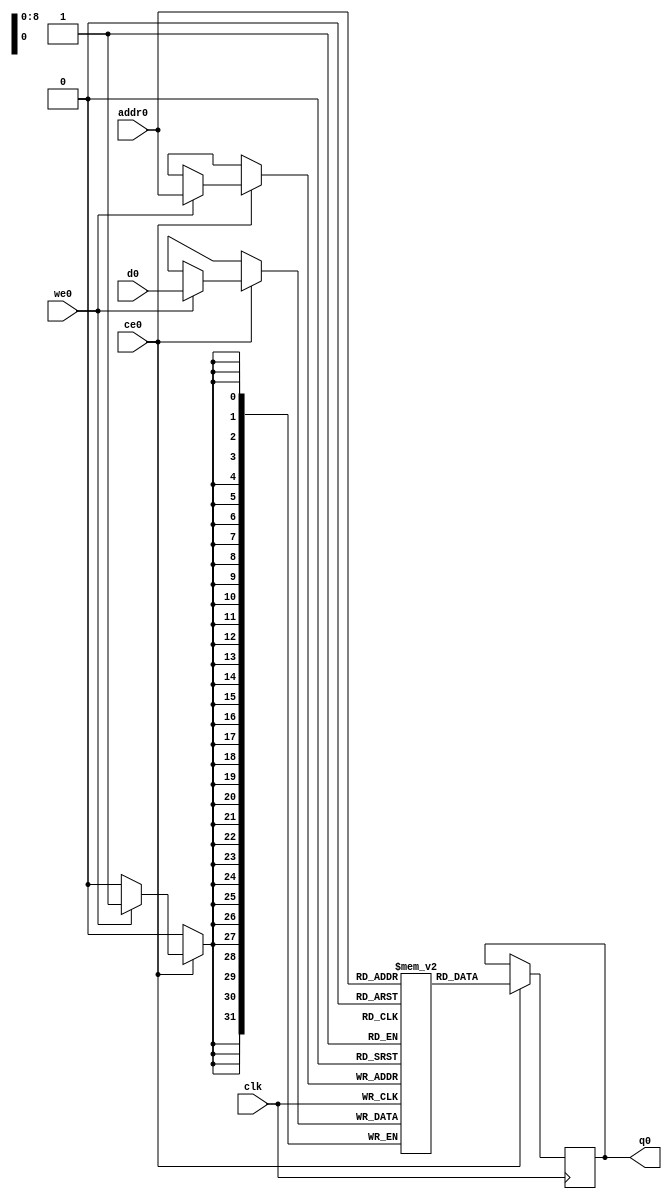
// ==============================================================
// Vivado(TM) HLS - High-Level Synthesis from C, C++ and SystemC v2019.1 (64-bit)
// Copyright 1986-2019 Xilinx, Inc. All Rights Reserved.
// ==============================================================
`timescale 1 ns / 1 ps
module Prediction_o_avgpfYi_ram (addr0, ce0, d0, we0, q0,  clk);

parameter DWIDTH = 32;
parameter AWIDTH = 9;
parameter MEM_SIZE = 400;

input[AWIDTH-1:0] addr0;
input ce0;
input[DWIDTH-1:0] d0;
input we0;
output reg[DWIDTH-1:0] q0;
input clk;

(* ram_style = "block" *)reg [DWIDTH-1:0] ram[0:MEM_SIZE-1];




always @(posedge clk)  
begin 
    if (ce0) 
    begin
        if (we0) 
        begin 
            ram[addr0] <= d0; 
        end 
        q0 <= ram[addr0];
    end
end


endmodule

`timescale 1 ns / 1 ps
module Prediction_o_avgpfYi(
    reset,
    clk,
    address0,
    ce0,
    we0,
    d0,
    q0);

parameter DataWidth = 32'd32;
parameter AddressRange = 32'd400;
parameter AddressWidth = 32'd9;
input reset;
input clk;
input[AddressWidth - 1:0] address0;
input ce0;
input we0;
input[DataWidth - 1:0] d0;
output[DataWidth - 1:0] q0;



Prediction_o_avgpfYi_ram Prediction_o_avgpfYi_ram_U(
    .clk( clk ),
    .addr0( address0 ),
    .ce0( ce0 ),
    .we0( we0 ),
    .d0( d0 ),
    .q0( q0 ));

endmodule